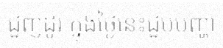
ជួញដូរ ក្នុងថ្ងៃនេះជួបបញ្ហា